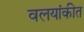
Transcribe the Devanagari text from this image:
वलयांकीत